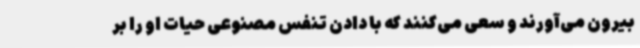
بیرون می‌آورند و سعی می‌کنند که با دادن تنفس مصنوعی حیات او را بر